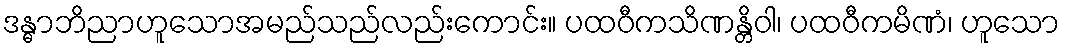
ဒန္ဓာဘိညာဟူသောအမည်သည်လည်းကောင်း။ ပထဝီကသိဏန္တိဝါ၊ ပထဝီကမိဏံ၊ ဟူသော